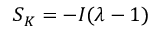
\boldsymbol { { S } } _ { K } = - \boldsymbol { { I } } ( \lambda - 1 )